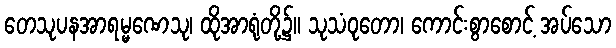
တေသုပနအာရမ္မဏေသု၊ ထိုအာရုံတို့၌။ သုသံဝုတော၊ ကောင်းစွာစောင့် အပ်သော